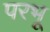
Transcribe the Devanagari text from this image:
परभू